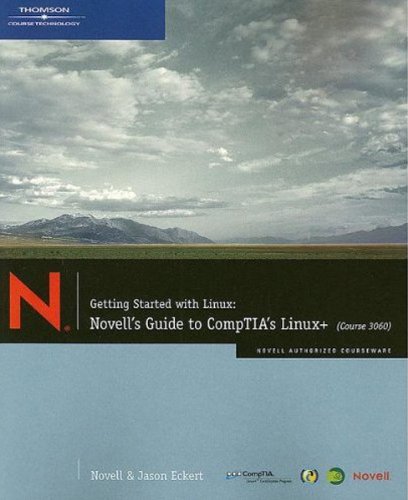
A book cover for Getting Started with Linux: Novell's Guide to CompTIA's Linux+ (Course 3060); Jason W. Eckert; Computers & Technology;